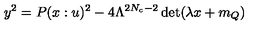
y ^ { 2 } = P ( x : u ) ^ { 2 } - 4 \Lambda ^ { 2 N _ { c } - 2 } \det ( \lambda x + m _ { Q } ) \nonumber